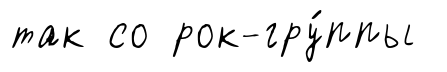
так со рок-гру́ппы